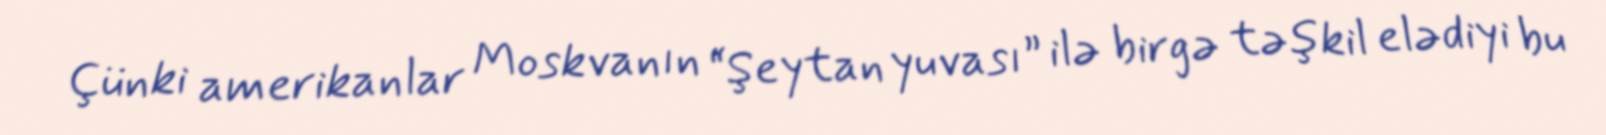
Çünki amerikanlar Moskvanın “Şeytan yuvası” ilə birgə təşkil elədiyi bu